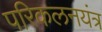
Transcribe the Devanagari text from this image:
परिकलनयंत्र